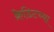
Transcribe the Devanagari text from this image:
क्रेडिटच्या